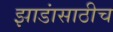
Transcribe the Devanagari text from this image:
झाडांसाठीच